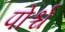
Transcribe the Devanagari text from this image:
पोर्श्च